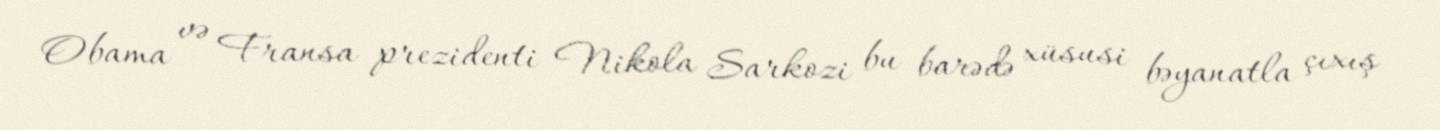
Obama və Fransa prezidenti Nikola Sarkozi bu barədə xüsusi bəyanatla çıxış